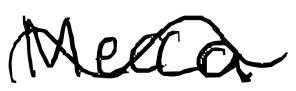
Text: Mecca
Cross-out: wave
Writing tool: digital_black